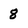
Character: 8